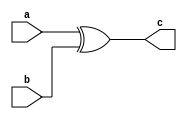

module top(
	input a,
	input b,
	output c
	);

assign c = a ^ b;

endmodule